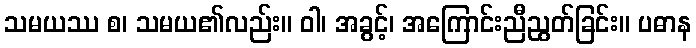
သမယဿ စ၊ သမယ၏လည်း။ ဝါ၊ အခွင့်၊ အကြောင်းညီညွတ်ခြင်း။ ပဓာန